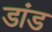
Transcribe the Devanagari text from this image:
डांड